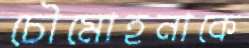
চৌমোহনাকে